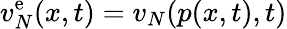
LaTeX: v_{N}^{\mathrm{e}}(x,t)=v_{N}(p(x,t),t)